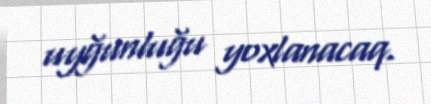
uyğunluğu yoxlanacaq.